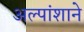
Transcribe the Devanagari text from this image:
अल्पांशाने